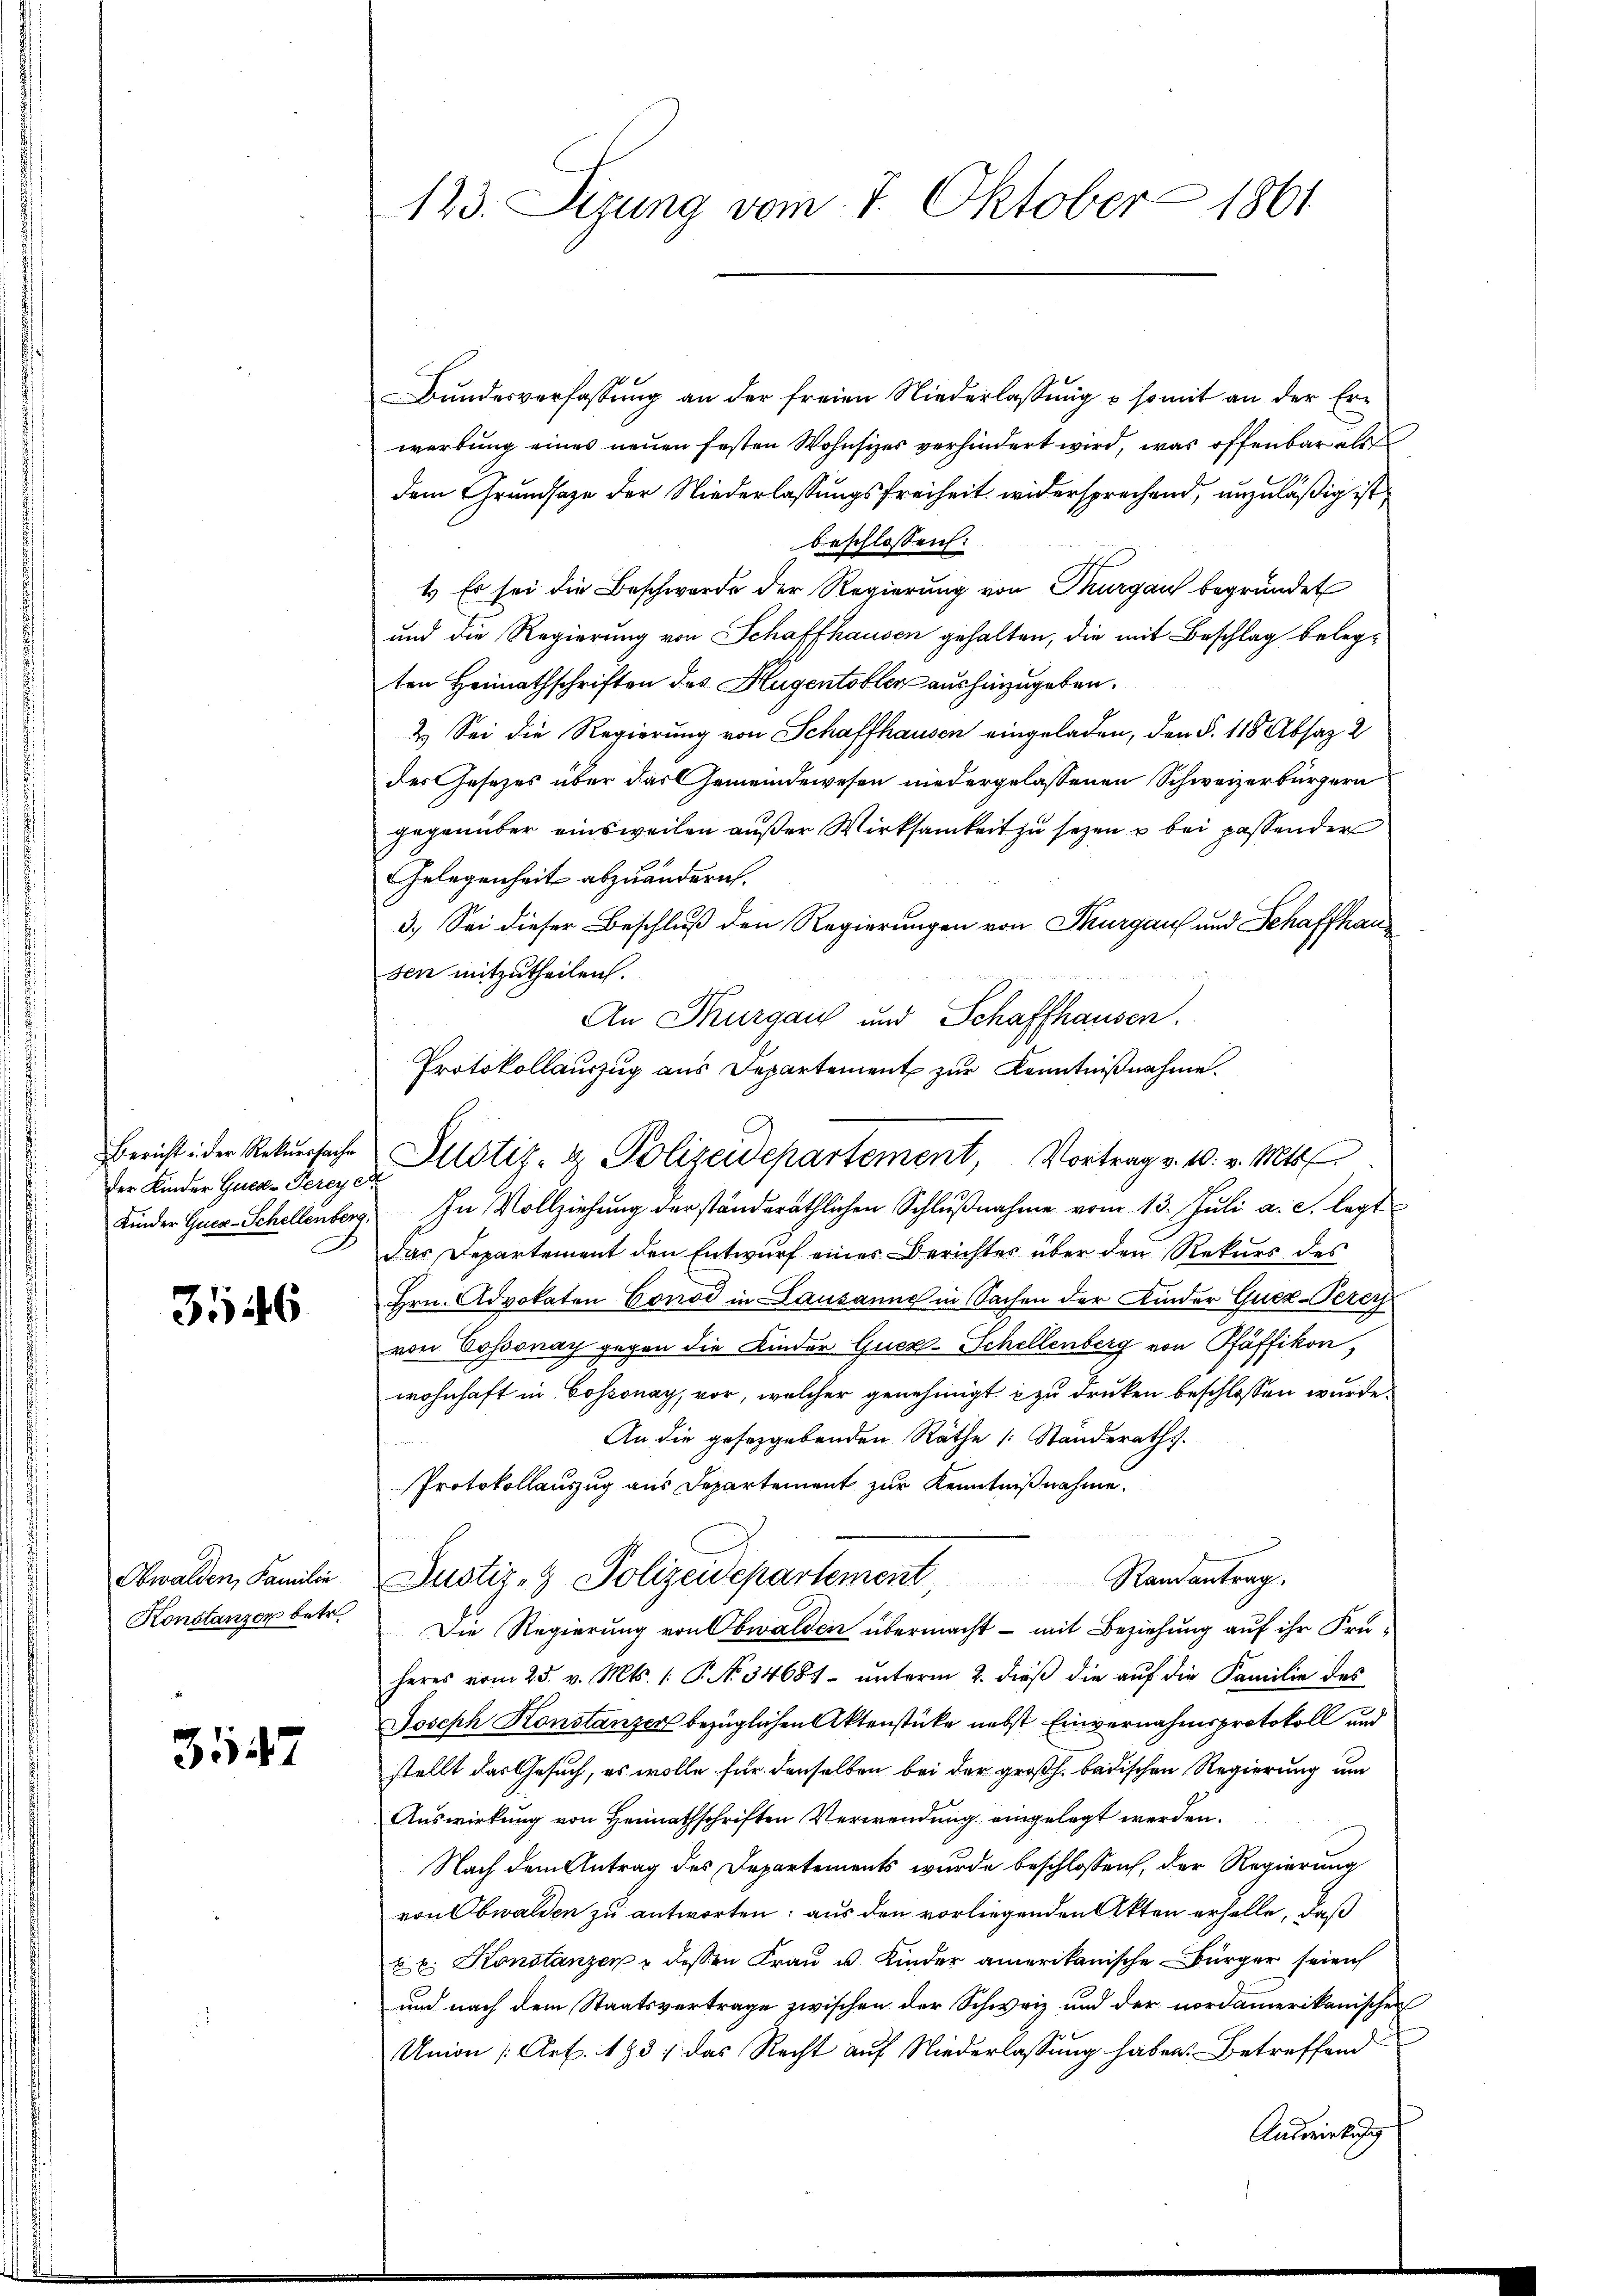
der Kinder Guea-Perey er

3546

Obwalden, Familie
Konstanzen betr

3547

Bundesverfassung an der freien Niederlassung & somit an der Erwerbung eines neuen festen Wohnsitzer verhindert wird, was offenbar als
dem Grundsaze der Niederlassungsfreiheit widersprechend, unzuläßig ist
beschlossen:
1.) Es sei die Beschwerde der Regierung von Thurgau begründet
und die Regierung von Schaffhausen gehalten, die mit Beschlag belegten Heimathschriften des Hugentobler aushinzugeben.
2. Sei die Regierung von Schaffhausen eingeladen, den §. 118 Absaz 2
des Gesetzes über das Gemeindewesen niedergelassenen Schweizerbürgern
gegenüber ainsweilen außer Wirksamkeit zu sezen u bei passender
Gelegenheit abzuändern.
3.) Sei dieser Beschluß den Regierungen von Thurgau und Schaffhausen mitzutheilen.
An Thurgau und Schaffhausen.
Protokollauszug aus Departement zur Kenntnißnahme.
Kinder Quer-Schellenberg. In Vollziehung der ständeräthlichen Schlußnahme vom 13. Juli a. c. legt
das Departement den Entwurf eines Berichtes über den Rekurs des
Hrn. Advokaten Conod in Lausanne in Sachen der Kinder Guez-Perich
von Cossonay gegen die Kinder Quer-Schellenberg von Pfäffikon,
wohnhaft in Cossonay, vor, welcher genehmigt zu drucken beschlossen wurde.
An die gesetzgebenden Räthe (Ständeraths.
Protokollauszug aus Departement zur Kenntnißnahme.
Justiz- Polizeidepartement, Randantrag.
Die Regierung von Obwalden übermacht - mit Beziehung auf ihr Früheres vom 25. v. Mts. 1. P. No. 34687- ŭnterm 2. dieβ die aŭf die Familie des
Joseph Konstanzer bezüglichen Aktenstücke nebst Einvernahmsprotokoll und
stellt das Gesuch, es wolle für denselben bei der großh. badischen Regierung um
Auswirkung von Heimathschriften Verwendung eingelegt werden.
Nach dem Antrag des Departements wurde beschlossen, der Regierung
von Obwalden zu antworten; aus den vorliegenden Akten erhelle, daß
b u. Konstanzen u dessen Fraŭ u Kinder amerikanische Bürger seien
und nach dem Staatsvertrage zwischen der Schweiz und der nordamerikanischen
Union (Art. 193, das Recht auf Niederlassung haben. Betreffend
Auswirkung

123. Sizung vom 7. Oktober 1861

Bericht der Rekŭrsache Justiz- & Polizeidepartement, Vortrag v. 10. v. Mts.